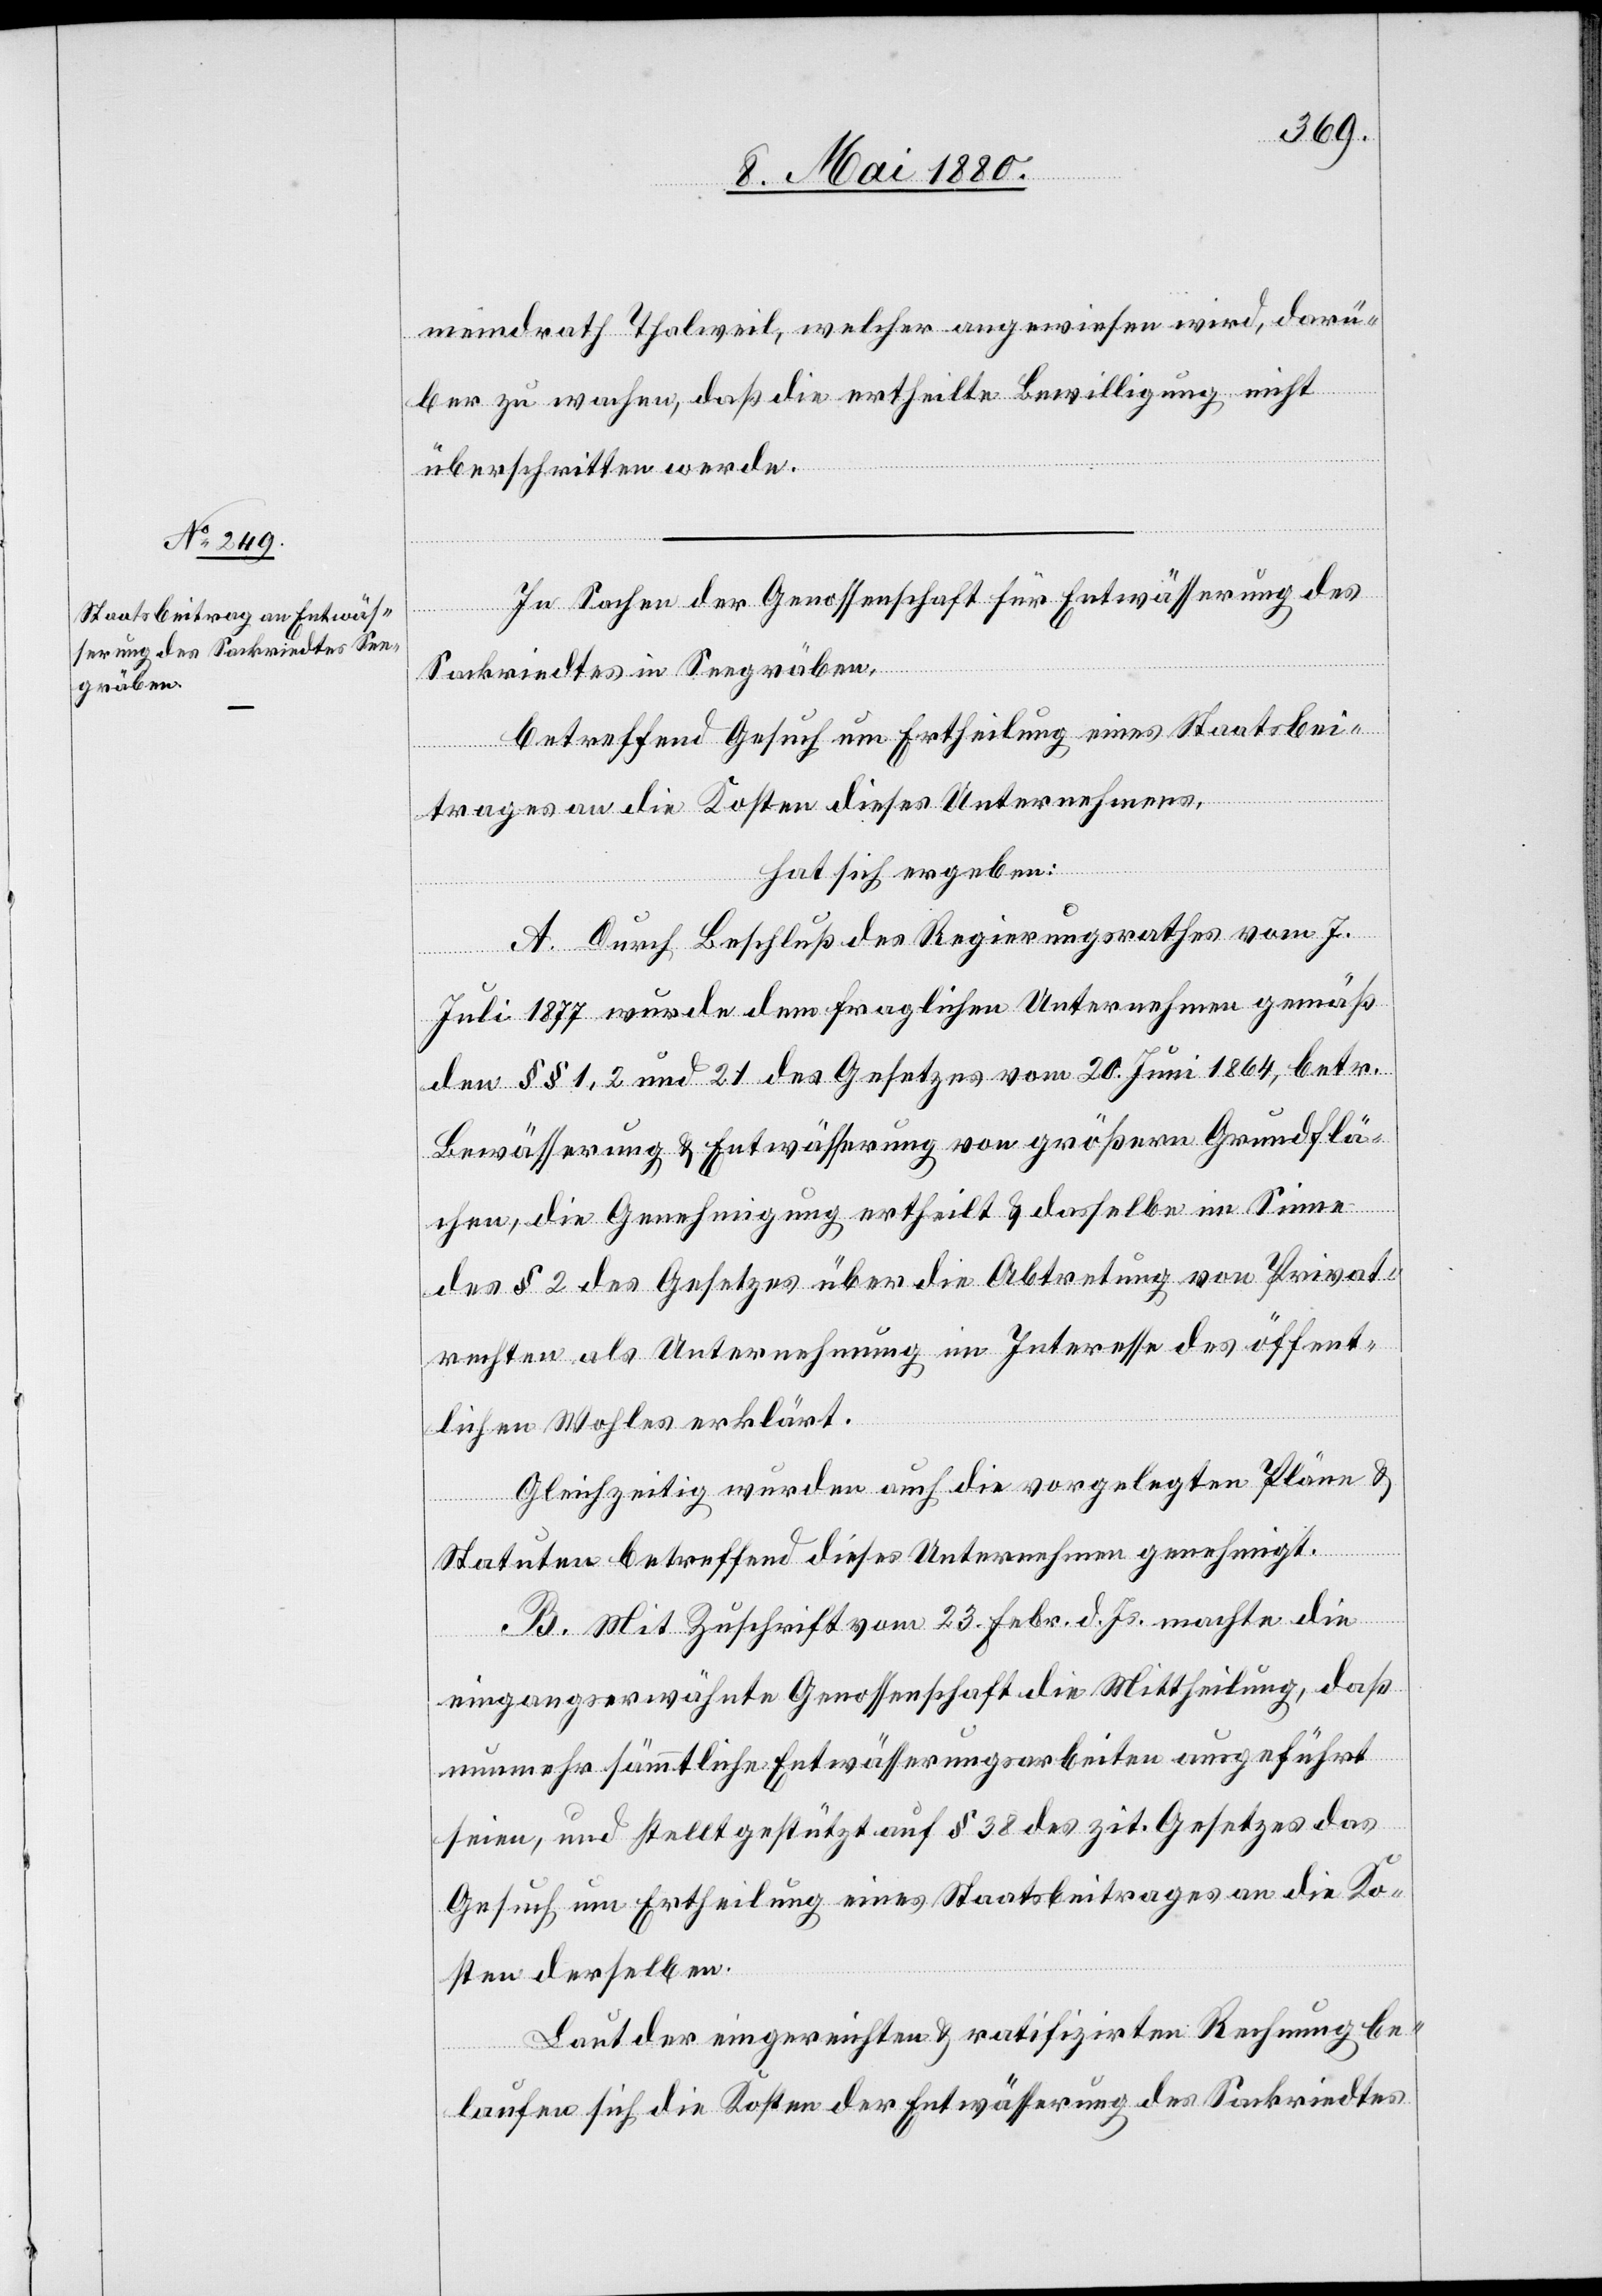
meindrath Thalweil, welcher angewiesen wird, darü¬
ber zu wachen, daß die ertheilte Bewilligung nicht
überschritten werde.
In Sachen der Genossenschaft für Entwässerung des
Sackriedtes in Seegräben,
betreffend Gesuch um Ertheilung eines Staatsbei¬
trages an die Kosten dieses Unternehmens,
hat sich ergeben:
A. Durch Beschluß des Regierungsrathes vom 7.
Juli 1877 wurde dem fraglichen Unternehmen gemäß
den §§ 1, 2 und 21 des Gesetzes vom 20. Juni 1864, betr.
Bewässerung & Entwässerung von größern Grundflä¬
chen, die Genehmigung ertheilt & dasselbe im Sinne
des § 2 des Gesetzes über die Abtretung von Privat¬
rechten als Unternehmung im Interesse des öffent¬
lichen Wohles erklärt.
Gleichzeitig wurden auch die vorgelegten Pläne &
Statuten betreffend dieses Unternehmen genehmigt.
B. Mit Zuschrift vom 23. Febr. d. Js. machte die
eingangserwähnte Genossenschaft die Mittheilung, daß
nunmehr sämmtliche Entwässerungsarbeiten ausgeführt
seien, und stellt gestützt auf § 38 des zit. Gesetzes das
Gesuch, um Ertheilung eines Staatsbeitrages an die Ko¬
sten derselben.
Laut der eingereichten & ratifizirten Rechnung be¬
laufen sich die Kosten der Entwässerung des Sackriedtes